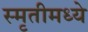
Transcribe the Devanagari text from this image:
स्मृतीमध्ये